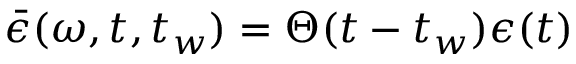
\bar { \epsilon } ( \omega , t , t _ { w } ) = \Theta ( t - t _ { w } ) \epsilon ( t )